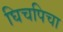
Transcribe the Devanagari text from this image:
घिचपिचा